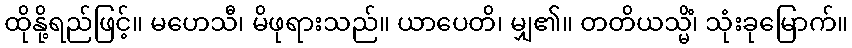
ထိုနို့ရည်ဖြင့်။ မဟေသီ၊ မိဖုရားသည်။ ယာပေတိ၊ မျှ၏။ တတိယသ္မိံ၊ သုံးခုမြောက်။